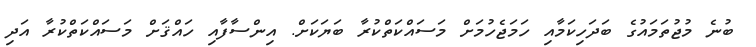
ބުނެ މުޖުތަމައުގެ ބަދަހިކަމާއި ހަމަޖެހުމަށް މަސައްކަތްކުރާ ބަޔަކަށް. އިންސާފާއި ހައްޤަށް މަސައްކަތްކުރާ އަދި